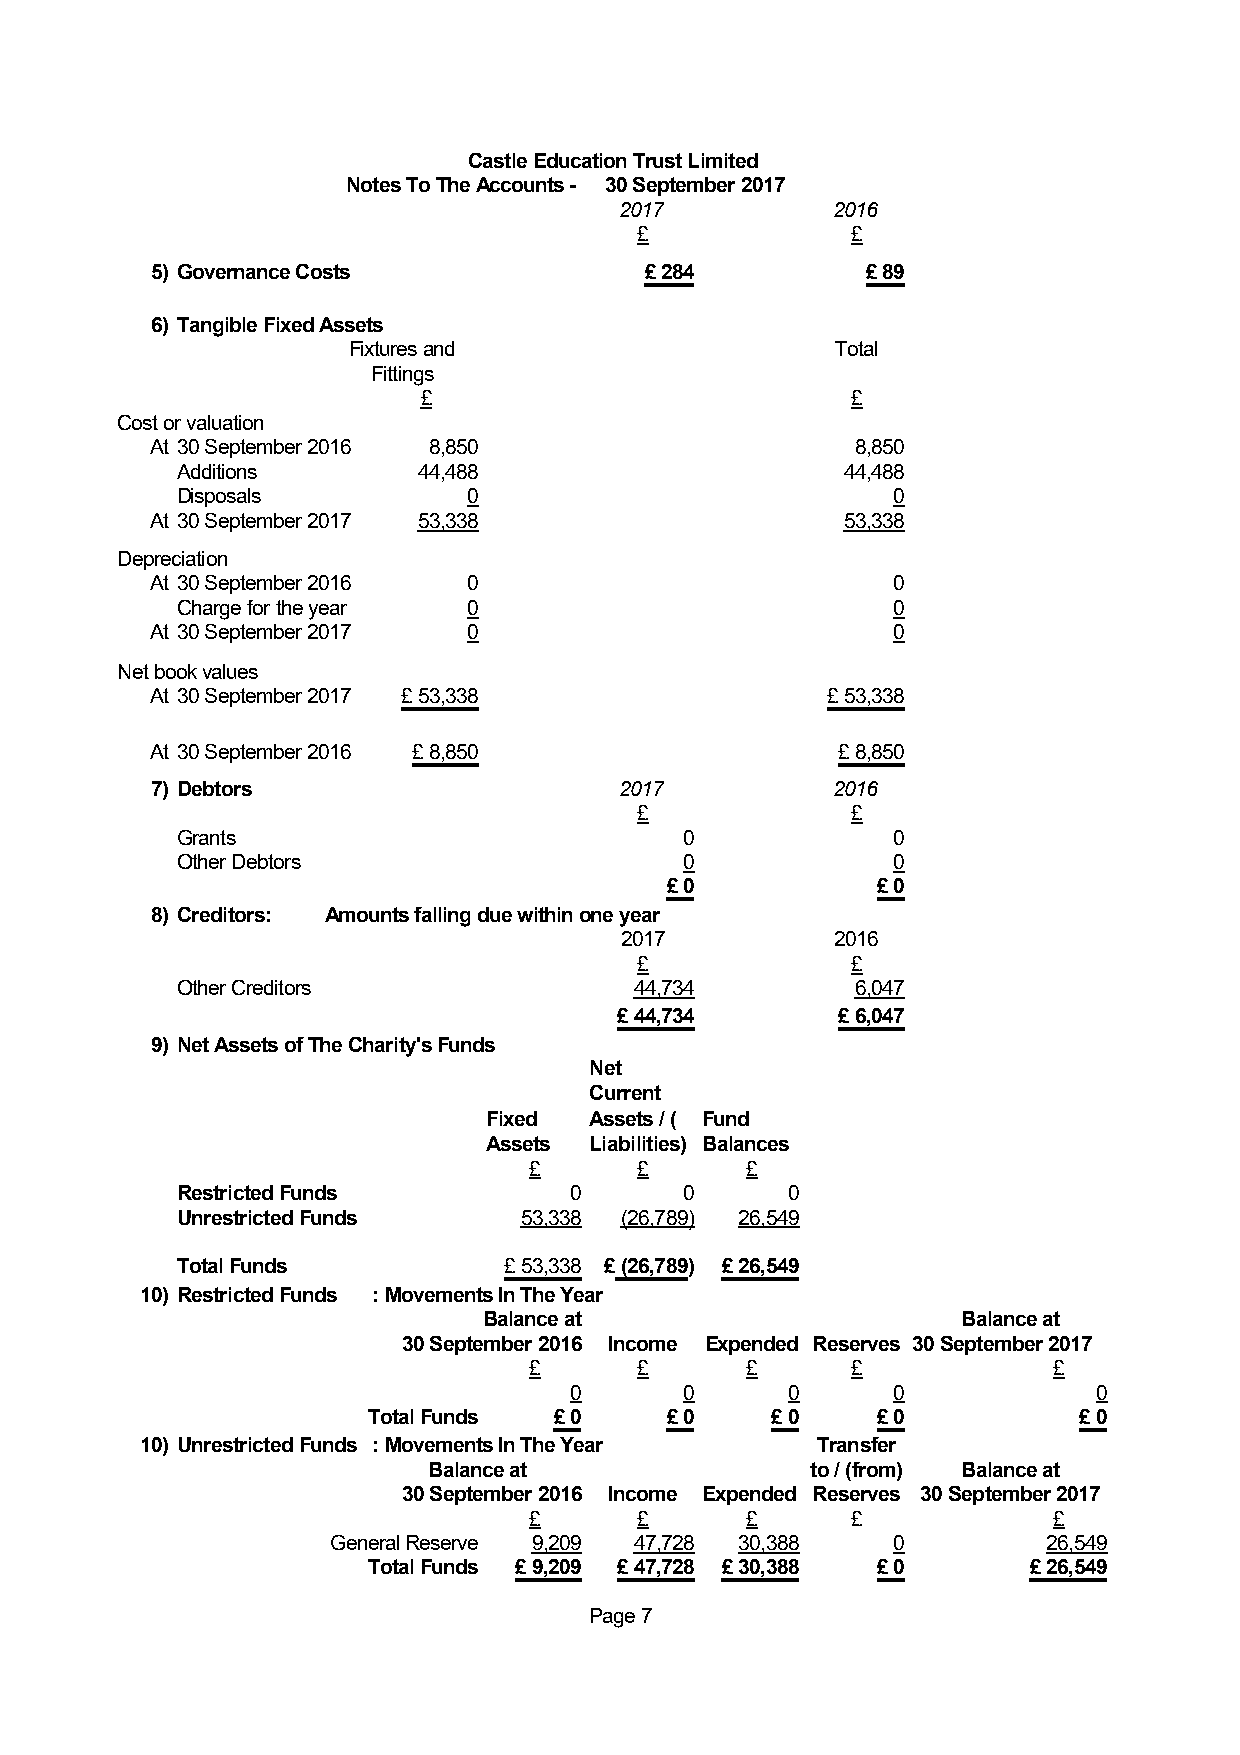
Castle Education Trust Limited
 Notes To The Accounts - 30 September 2017
 2017          2016
 £             £
 5) Governance Costs              £ 284         £ 89
 6) Tangible Fixed Assets
 Fixtures and Computers Alarm Sports Total
 Fittings              Equipment
 £      £      £      £      £
 Cost or valuation
 At 30 September 2016 8,850  0      0      0    8,850
 Additions       44,488    0      0      0   44,488
 Disposals          0                           0
 At 30 September 2017 53,338 0      0      0   53,338
 Depreciation
 At 30 September 2016 0      0      0      0      0
 Charge for the year 0     0      0      0      0
 At 30 September 2017 0      0      0      0      0
 Net book values
 At 30 September 2017 £ 53,338 £ 0 £ 0    £ 0 £ 53,338
 At 30 September 2016 £ 8,850 £ 0  £ 0    £ 0 £ 8,850
 7) Debtors                     2017          2016
 £             £
 Grants                           0             0
 Other Debtors                    0             0
 £ 0           £ 0
 8) Creditors: Amounts falling due within one year
 2017          2016
 £             £
 Other Creditors               44,734         6,047
 £ 44,734      £ 6,047
 9) Net Assets of The Charity’s Funds
 Net
 Current
 Fixed  Assets / ( Fund
 Assets Liabilities) Balances
 £      £      £
 Restricted Funds          0      0      0
 Unrestricted Funds    53,338 (26,789) 26,549
 Total Funds          £ 53,338 £ (26,789) £ 26,549
 10) Restricted Funds : Movements In The Year
 Balance at                      Balance at
 30 September 2016 Income Expended Reserves 30 September 2017
 £      £      £      £             £
 0      0      0      0             0
 Total Funds  £ 0    £ 0    £ 0    £ 0          £ 0
 10) Unrestricted Funds : Movements In The Year Transfer
 Balance at                to / (from) Balance at
 30 September 2016 Income Expended Reserves 30 September 2017
 £      £      £      £             £
 General Reserve 9,209 47,728 30,388  0         26,549
 Total Funds £ 9,209 £ 47,728 £ 30,388 £ 0   £ 26,549
 Page 7